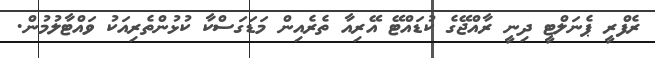
ރެފްރީ ޕެނަލްޓީ ދިނީ ރާއްޖޭގެ ކުޑައްޓޭ އޭރިއާ ތެރެއިން މަޑަގަސްކާ ކުޅުންތެރިއަކު ވައްޓާލުމުން.